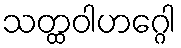
သတ္ထဝါဟဂ္ဂေါ